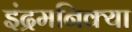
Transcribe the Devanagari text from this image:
इंद्रमनिक्या